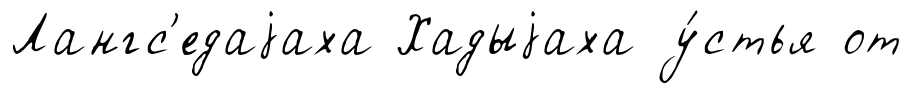
Лангс'едаjаха Хадыjаха у́стья от